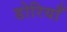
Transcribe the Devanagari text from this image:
डोरियाँ